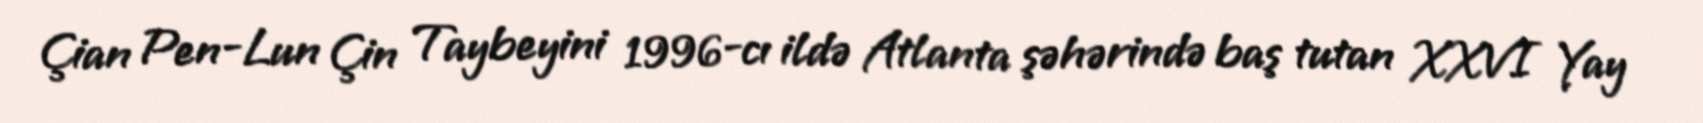
Çian Pen-Lun Çin Taybeyini 1996-cı ildə Atlanta şəhərində baş tutan XXVI Yay